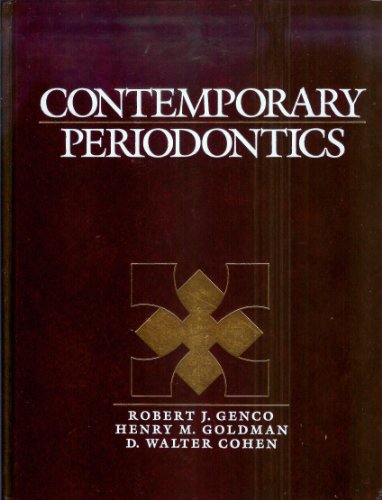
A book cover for Contemporary Periodontics, 1e; Robert J. Genco DDS  PhD; Medical Books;